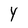
Character: Y